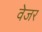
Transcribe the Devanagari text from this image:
वेजर